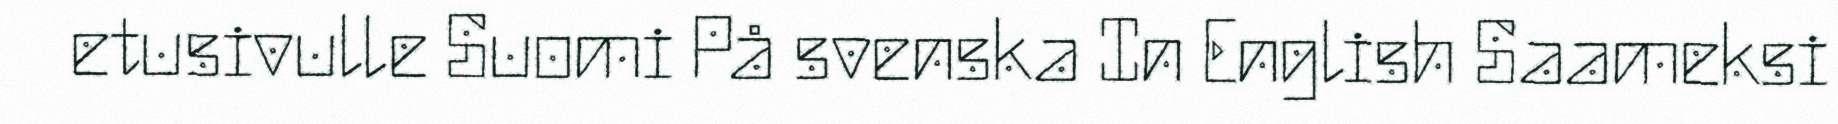
etusivulle Suomi På svenska In English Saameksi